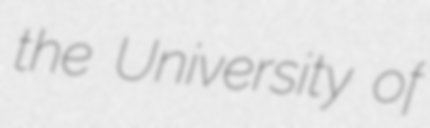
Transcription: the University of